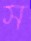
স